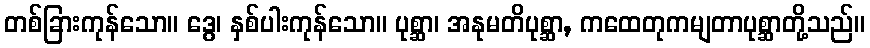
တစ်ခြားကုန်သော။ ဒွေ၊ နှစ်ပါးကုန်သော။ ပုစ္ဆာ၊ အနုမတိပုစ္ဆာ, ကထေတုကမျတာပုစ္ဆာတို့သည်။